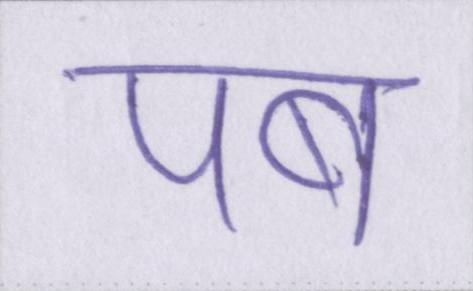
पब